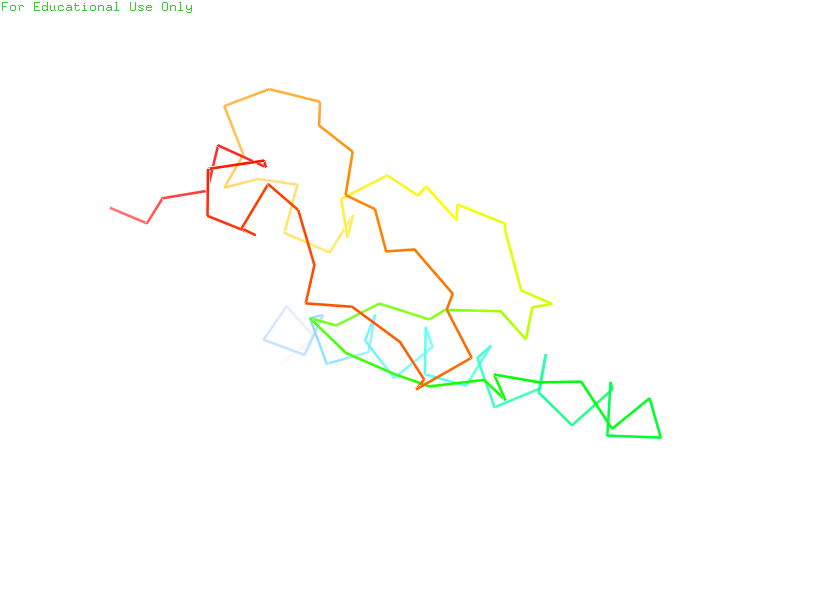
pymol, preset, ligand_sites